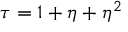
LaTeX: \tau = 1 + \eta + \eta ^ { 2 }